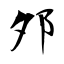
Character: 邜